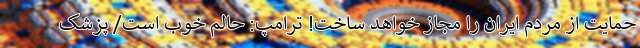
حمایت از مردم ایران را مجاز خواهد ساخت! ترامپ: حالم خوب است/ پزشک